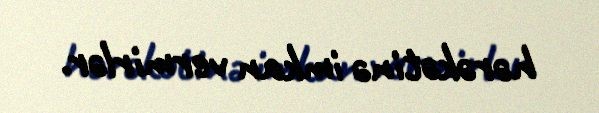
hərəkətinə imkan vermirlər.